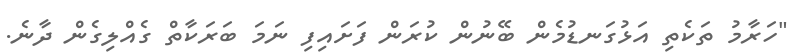
"ހަރާމު ތަކެތި އަޅުގަނޑުމެން ބޭނުން ކުރަން ފަށައިފި ނަމަ ބަރަކާތް ގެއްލިގެން ދާނެ.